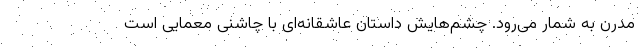
مدرن به شمار می‌رود. چشم‌هایش داستان عاشقانه‌ای با چاشنی معمایی است